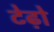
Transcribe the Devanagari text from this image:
टेढ़ो